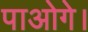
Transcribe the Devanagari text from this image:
पाओगे।